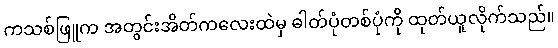
ကသစ်ဖြူက အတွင်းအိတ်ကလေးထဲမှ ဓါတ်ပုံတစ်ပုံကို ထုတ်ယူလိုက်သည်။